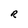
Character: R